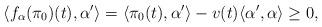
LaTeX: \begin{align*}\langle f_{\alpha}(\pi_{0})(t),\alpha^{\prime}\rangle=\langle\pi_{0}(t),\alpha^{\prime}\rangle-v(t)\langle\alpha^{\prime},\alpha\rangle\geq0,\end{align*}